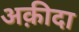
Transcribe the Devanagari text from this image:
अक़ीदा